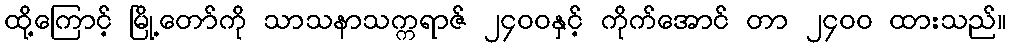
ထို့ကြောင့် မြို့တော်ကို သာသနာသက္ကရာဇ် ၂၄၀၀နှင့် ကိုက်အောင် တာ ၂၄၀၀ ထားသည်။